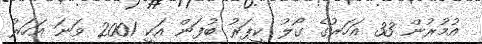
އުމުރުން 33 އަހަރުގެ ގޯލު ކީޕަރު ބުފަން އަކީ 2001 ވަނަ އަހަރު